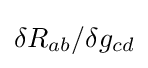
\delta R_{ab}/\delta g_{cd}